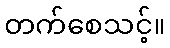
တက်စေသင့်။